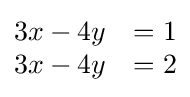
{\begin{matrix}3x-4y&=1\\3x-4y&=2\end{matrix}}